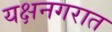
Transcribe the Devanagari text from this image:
यक्षनगरात